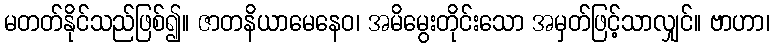
မတတ်နိုင်သည်ဖြစ်၍။ ဇာတနိယာမေနေဝ၊ အမိမွေးတိုင်းသော အမှတ်ဖြင့်သာလျှင်။ ဗာဟာ၊